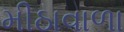
મીઠાવાળા